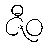
ဇီဝ